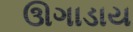
ઊગાડાય